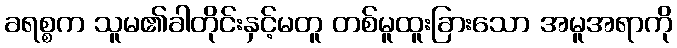
ခရစ္စက သူမ၏ခါတိုင်းနှင့်မတူ တစ်မူထူးခြားသော အမူအရာကို